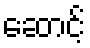
ဆောင့်